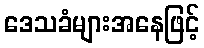
ဒေသခံများအနေဖြင့်